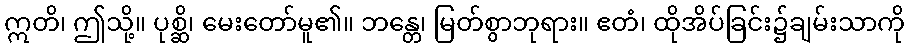
ဣတိ၊ ဤသို့။ ပုစ္ဆိ၊ မေးတော်မူ၏။ ဘန္တေ၊ မြတ်စွာဘုရား။ ဧတံ၊ ထိုအိပ်ခြင်း၌ချမ်းသာကို